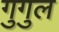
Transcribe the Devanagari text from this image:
गुगुल